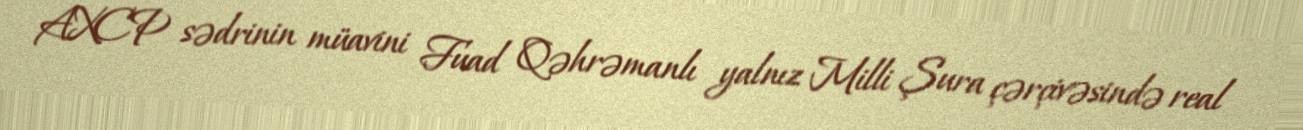
AXCP sədrinin müavini Fuad Qəhrəmanlı yalnız Milli Şura çərçivəsində real